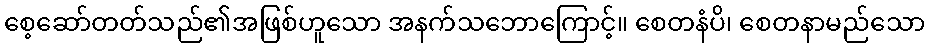
စေ့ဆော်တတ်သည်၏အဖြစ်ဟူသော အနက်သဘောကြောင့်။ စေတနံပိ၊ စေတနာမည်သော